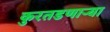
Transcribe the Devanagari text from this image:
कुरतडणार्‍या